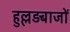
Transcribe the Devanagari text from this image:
हुल्लड़बाजों